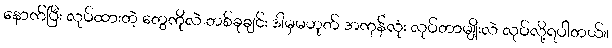
နောက်ပြီး လုပ်ထားတဲ့ တွေကိုလဲ တစ်ခုချင်း ဒါမှမဟုတ် အကုန်လုံး လုပ်တာမျိုးလဲ လုပ်လို့ရပါတယ်။